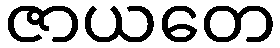
ဇာယတေ